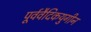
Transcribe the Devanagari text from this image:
पूर्ववैदिकयुगीन